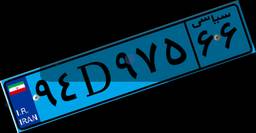
۸۱D۳۳۲۰۸